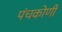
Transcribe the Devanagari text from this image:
पंचकोणी